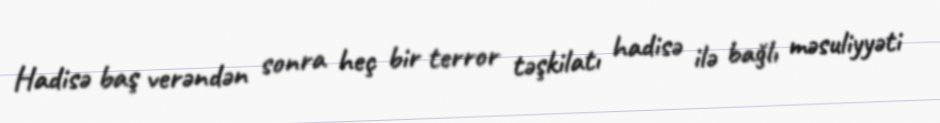
Hadisə baş verəndən sonra heç bir terror təşkilatı hadisə ilə bağlı məsuliyyəti